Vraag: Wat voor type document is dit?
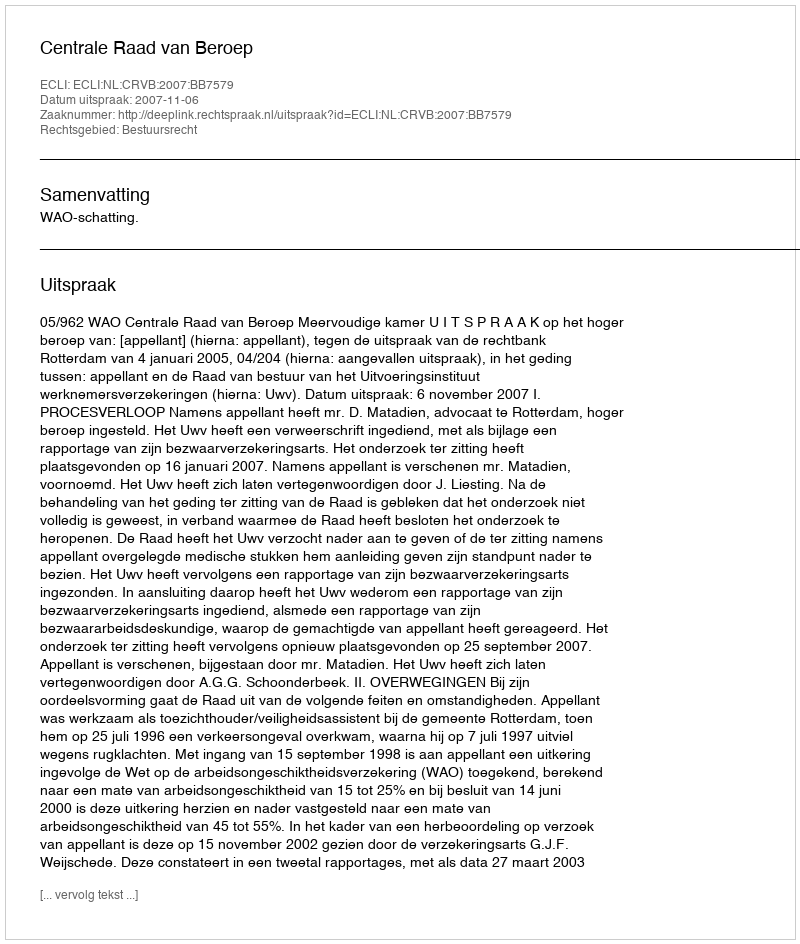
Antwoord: Uitspraak